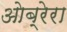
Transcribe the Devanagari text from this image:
ओब्रेरा